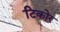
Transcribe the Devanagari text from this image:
टिकोर